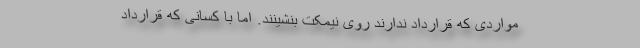
مواردی که قرارداد ندارند روی نیمکت بنشینند. اما با کسانی که قرارداد